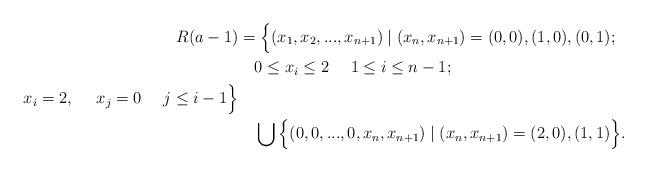
LaTeX: \begin{align*}R(a-1)&=\Big\{(x_1,x_2,...,x_{n+1}) \mid (x_n,x_{n+1})=(0,0),(1,0),(0,1);\\&\ \ \ 0\leq x_i\leq 2\ \ \ \ 1\leq i\leq n-1;\ \\ \ x_i=2,\ \ \ \ x_j=0\ \ \ \ j\leq i-1\Big\}\\&\ \ \ \bigcup \Big\{(0,0,...,0,x_{n},x_{n+1})\mid (x_n,x_{n+1})=(2,0),(1,1)\Big\}.\end{align*}